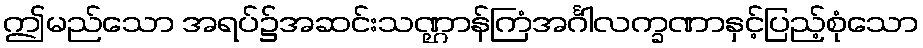
ဤမည်သော အရပ်၌အဆင်းသဏ္ဌာန်ကြံအင်္ဂါလက္ခဏာနှင့်ပြည့်စုံသော